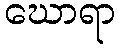
ဃောရာ